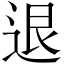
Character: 退